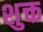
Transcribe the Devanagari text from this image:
शुक्त